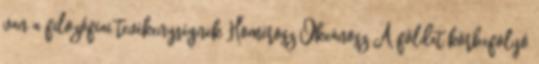
van a filozófiai tevékenységnek Homérosz Ókeánosz A földet körbefolyó